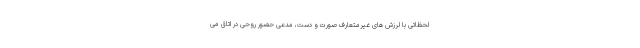
لحظاتی با لرزش های غیرمتعارف صورت و دست، مدعی حضور روحی در اتاق می